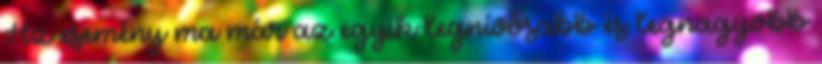
Az esemény ma már az egyik legnívósabb és legnagyobb